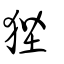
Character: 狴